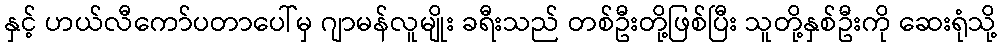
နှင့် ဟယ်လီကော်ပတာပေါ်မှ ဂျာမန်လူမျိုး ခရီးသည် တစ်ဦးတို့ဖြစ်ပြီး သူတို့နှစ်ဦးကို ဆေးရုံသို့